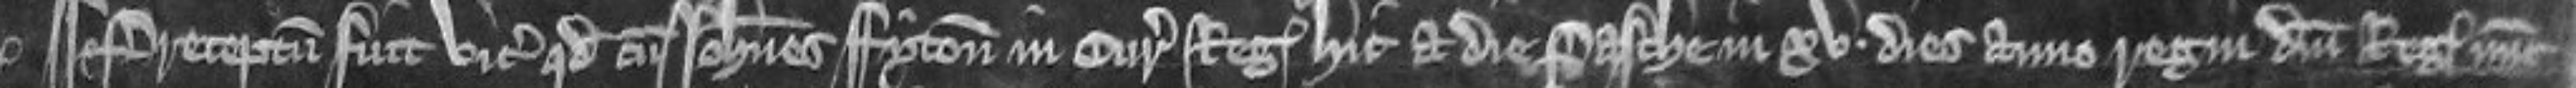
¶Preceptum fuit vicecomiti quod cum Johannes Fyton in curia regis hic a die Pasche in xv dies anno regni domini regis nunc